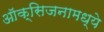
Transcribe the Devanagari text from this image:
ऑक्सिजनामध्ये